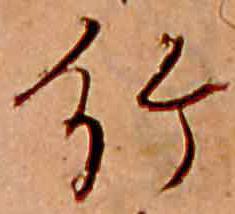
給